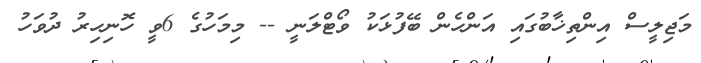
މަޖިލީސް އިންތިޚާބުގައި އަންހެން ބޭފުޅަކު ވޯޓްލަނީ -- މިމަހުގެ 6ވީ ހޮނިހިރު ދުވަހު